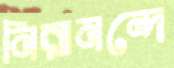
নিরানন্দে